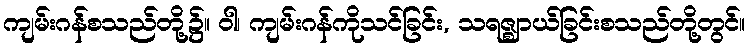
ကျမ်းဂန်စသည်တို့၌။ ဝါ၊ ကျမ်းဂန်ကိုသင်ခြင်း, သရဇ္ဈာယ်ခြင်းစသည်တို့တွင်။